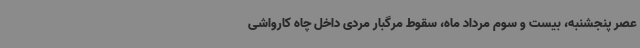
عصر پنجشنبه، بیست و سوم مرداد ماه، سقوط مرگبار مردی داخل چاه کارواشی